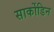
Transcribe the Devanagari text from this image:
सार्कोडिन